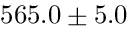
5 6 5 . 0 \pm 5 . 0